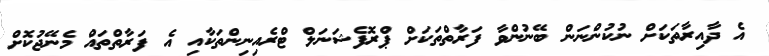
އެ ދާއިރާތަކަށް ނުކުންނަން ބޭނުންވާ ފަރާތްތަކަށް ޕްރޮފެޝަނަލް ޓްރެއިނިންތަކާއި އެ ފަރާތްތައް މެނޭޖުކޮށް